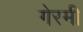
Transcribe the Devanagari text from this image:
गेरमी